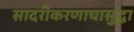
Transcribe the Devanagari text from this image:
सादरीकरणाचासुद्धा